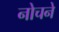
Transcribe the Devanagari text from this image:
नोचने